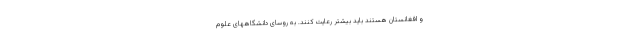
و افغانستان هستند باید بیشتر رعایت کنند. به روسای دانشگاههای علوم